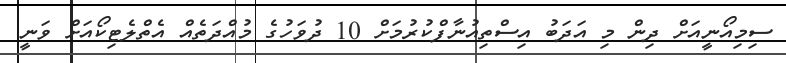
ސިމިއޯނީއަށް ދިން މި އަދަބު އިސްތިއުނާފްކުރުމަށް 10 ދުވަހުގެ މުއްދަތެއް އެތްލެޓިކޯއަށް ވަނީ